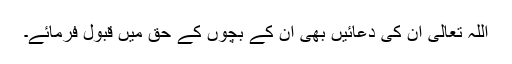
اللہ تعالیٰ ان کی دعائیں بھی ان کے بچوں کے حق میں قبول فرمائے۔